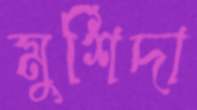
মুর্শিদা